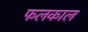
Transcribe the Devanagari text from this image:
फलकाल